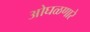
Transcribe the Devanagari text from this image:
ओघळणारे